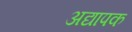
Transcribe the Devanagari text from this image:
अद्यापक